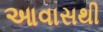
આવાસથી